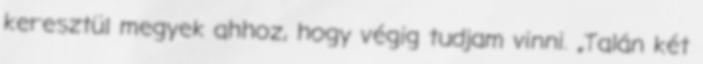
keresztül megyek ahhoz, hogy végig tudjam vinni. „Talán két